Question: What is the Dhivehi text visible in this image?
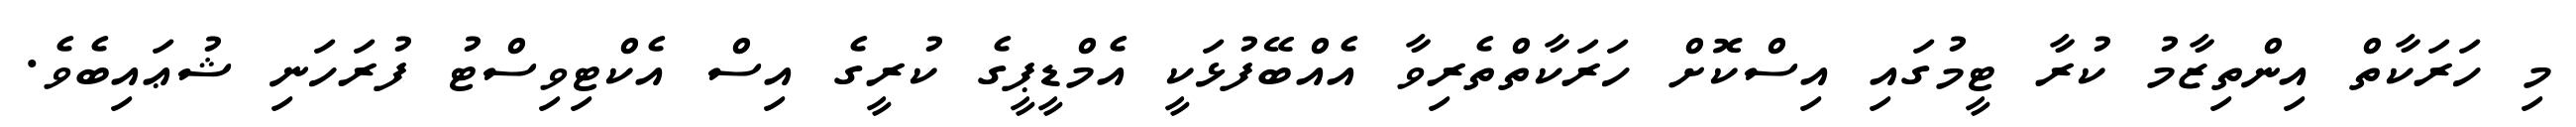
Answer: މި ހަރަކާތް އިންތިޒާމު ކުރާ ޓީމުގައި އިސްކޮށް ހަރަކާތްތެރިވާ އެއްބޭފުޅަކީ އެމްޑީޕީގެ ކުރީގެ އިސް އެކްޓިވިސްޓު ފުރަހަނި ޝުޢައިބެވެ.